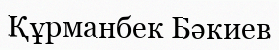
Құрманбек Бәкиев